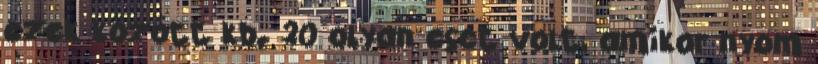
ezek között kb. 20 olyan eset volt, amikor nyom